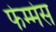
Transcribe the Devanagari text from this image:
फेम्मेस